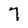
Character: 7